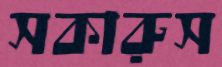
সকারুস